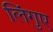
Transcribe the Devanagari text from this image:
लिंगुए